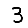
Digit: 3